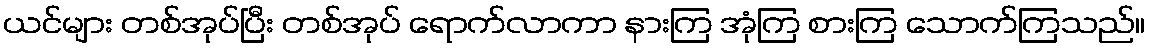
ယင်များ တစ်အုပ်ပြီး တစ်အုပ် ရောက်လာကာ နားကြ အုံကြ စားကြ သောက်ကြသည်။